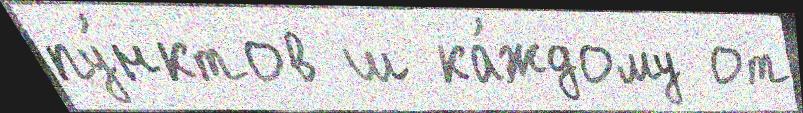
пу́нктов ш ка́ждому от